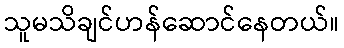
သူမသိချင်ဟန်ဆောင်နေတယ်။